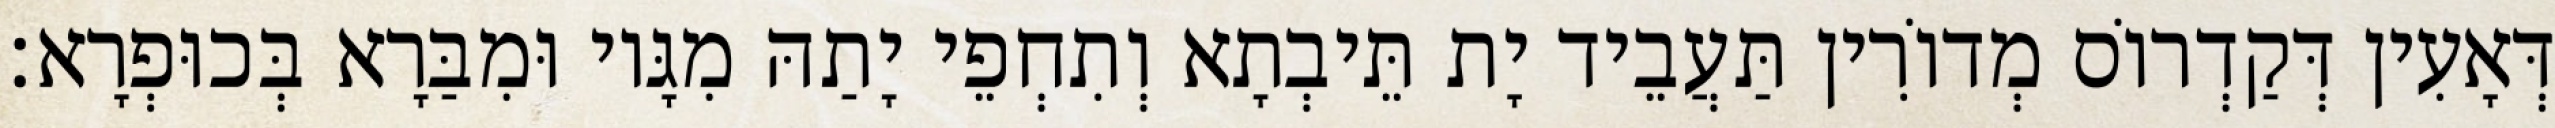
דְּאָעִין דְּקַדְרוֹס מְדוֹרִין תַּעֲבֵיד יָת תֵּיבְתָא וְתִחְפֵי יָתַהּ מִגָּיו וּמִבַּרָא בְּכוּפְרָא׃